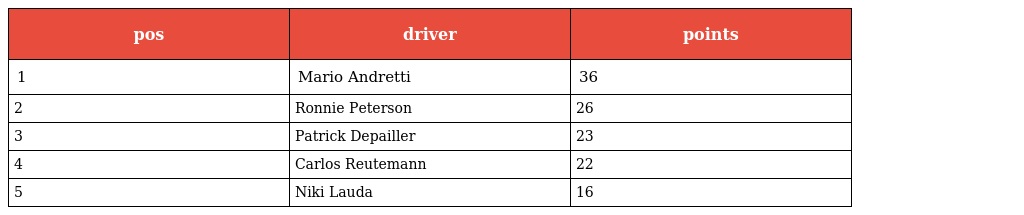
| pos | driver | points |
 | --- | --- | --- |
 | 1 | Mario Andretti | 36 |
 | 2 | Ronnie Peterson | 26 |
 | 3 | Patrick Depailler | 23 |
 | 4 | Carlos Reutemann | 22 |
 | 5 | Niki Lauda | 16 |